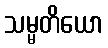
သမ္မတိယော